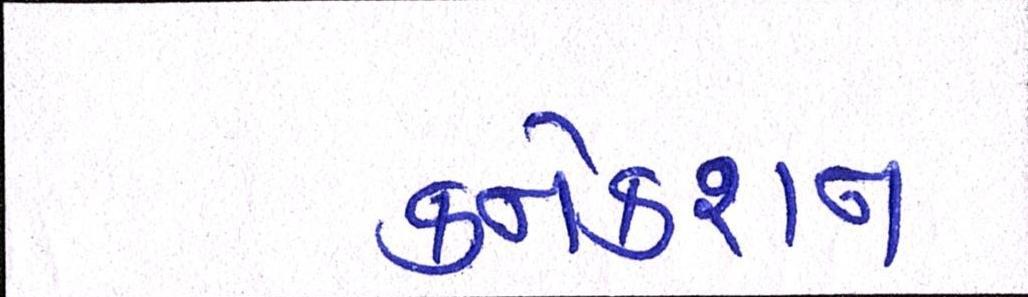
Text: કનેકશન